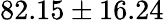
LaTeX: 82.15\pm 16.24